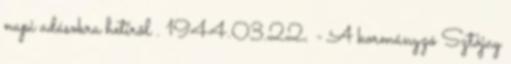
napi adásokra hetirõl . 1944.03.22. - A kormányzó Sztójay